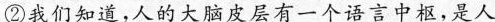
②我们知道，人的大脑皮层有一个语言中枢，是人